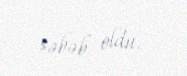
səbəb oldu.